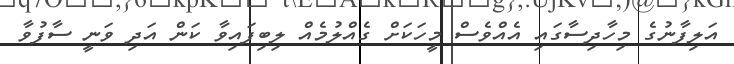
އަލިފާނުގެ މިހާދިސާގައި އެއްވެސް މީހަކަށް ގެއްލުމެއް ލިބިފައިވާ ކަން އަދި ވަނީ ސާފުވާ